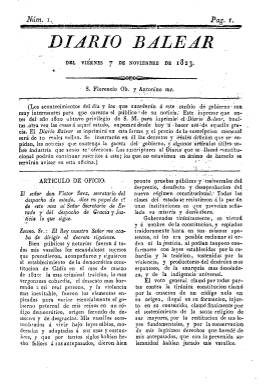
Título: Diario balear (1823)
Colección: Periódicos anteriores a 1850
Ámbito geográfico: Baleares
Lugar de publicación: Palma de Mallorca
Fechas: 07/11/1823-22/08/1836

Al finalizar el Trienio Liberal (1820-1823), el impresor y librero mallorquín Felipe Guasp y Barberí recupera este título, que ya había publicado entre 1814 y 1820. Ahora lo hace, sin escudo de armas de la ciudad estampado en su cabecera, a partir del siete de noviembre de 1823. Durante el citado periodo, en su lugar, había editado el Diario constitucional de Palma y el Diario constitucional, político y mercantil de Palma.

En el primer número de esta nueva etapa indicará: “Este impresor que antes el año 1820 obtuvo privilegio de S.M. para imprimir el Diario balear, vueltas otra vez las cosas a aquel estado, empezará desde hoy a hacer uso de aquella gracia”, añadiendo que “se insertarán en el los decretos y reales órdenes que se espidan, las noticias que contenga la gaceta del gobierno, y algunos artículos útiles sobre industrial que acaso se ofrezcan”.

La producción periodística de la familia Guasp estará siempre “apegada al poder”, siendo “la propia de los sectores más moderados del liberalismo” mallorquín (Durán López: 2006), y este Diario balear será el único periódico editado en Baleares durante la Década ominosa (1823-1833).

Empezará a estamparse en folio regular, en entregas de cuatro páginas, compuestas a dos columnas, aunque variará su formato y aumentarán a ocho páginas sus entregas, componiéndose a una columna, y, en 1833, recuperará en su cabecera el grabado con el escudo de armas de la ciudad, que el uno de julio de 1834 vuelve a retirarlo.

Inserta artículos de oficio y remitidos; noticias de España, del extranjero y “particulares” de Palma (con la orden de la plaza, las de Capitanía general de las Islas Baleares y las del Gobierno superior político de la provincia), así como Avisos, noticias de espectáculos (teatros y toros) y notas del culto religioso. También publica artículos sobre literatura o estadísticas. Editará también suplementos y, trimestralmente, un Índice de los decretos, reales órdenes y otra legislación.

Será impreso “con superior permiso” en el establecimiento tipográfico Felipe Guasp y Barberí, que, en 1834, adopta el nombre de Imprenta Real, y estará publicándose hasta el 23 de agosto de 1836, es decir, hasta el inicio de un nuevo periodo constitucional progresista. A partir del día siguiente, Juan Guasp y Pascual, hijo de Felipe Guasp, empezará a regentar la imprenta, recuperando el título de Diario constitucional de Palma de Mallorca para su periódico.